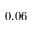
0 . 0 6